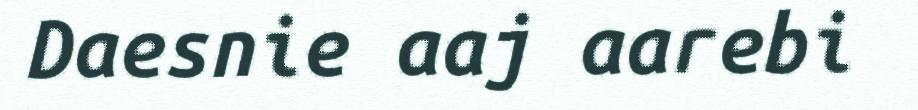
Daesnie aaj aarebi